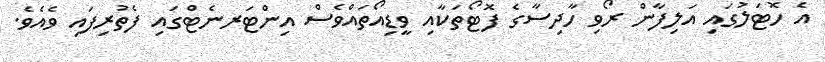
އެ ހޮޓަލުގައި އަލިފާން ރޯވި ހާދިސާގެ ފޮޓޯތަކާއި ވީޑިއޯތައްވެސް އިންޓަރނެޓްގައި ފެތުރިފައި ވެއެވެ.